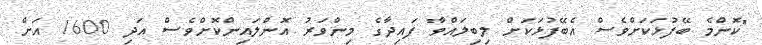
"ކޮންމެ ބޭފުޅަކަށްވެސް އެބޭފުޅަކަށް ލިބިލައްވާ ފައިދާގެ މިންވަރު އޮންލައިންކޮށްވެސް އަދި 1600 އަށް